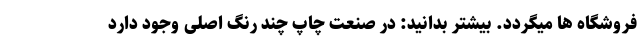
فروشگاه ها میگردد. بیشتر بدانید: در صنعت چاپ چند رنگ اصلی وجود دارد